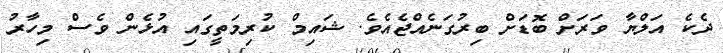
ދެކެ އަލްޔާ ވަރަށް ބޮޑަށް ބިރުގަނެއްޖެއެވެ. ޝައިމް ކުރިމަތީގައި އުޅެން ވެސް މިހާރު